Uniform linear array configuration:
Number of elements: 12
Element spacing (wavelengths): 0.75
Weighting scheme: exponential
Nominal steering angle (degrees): -60
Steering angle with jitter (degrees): -59.589
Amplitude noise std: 0.05
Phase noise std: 0.05

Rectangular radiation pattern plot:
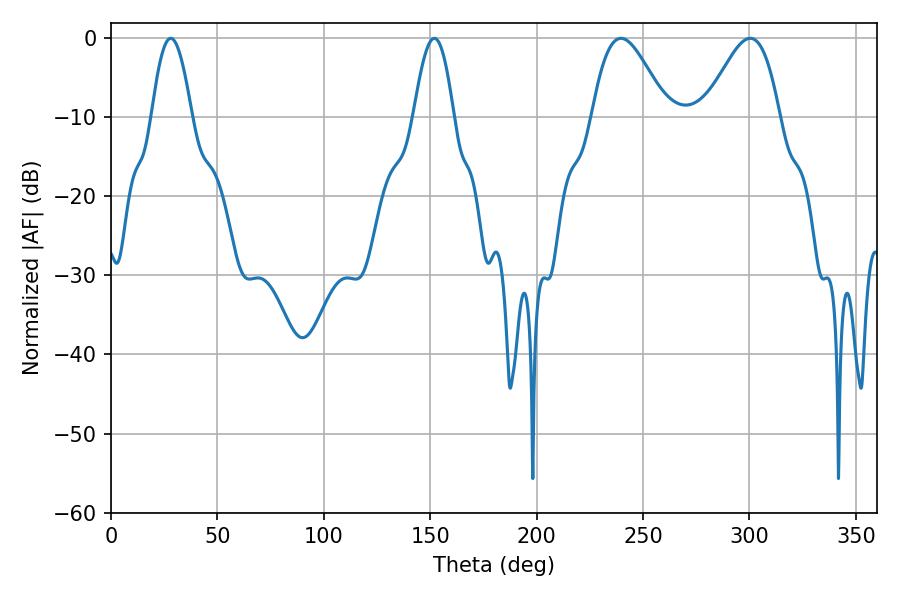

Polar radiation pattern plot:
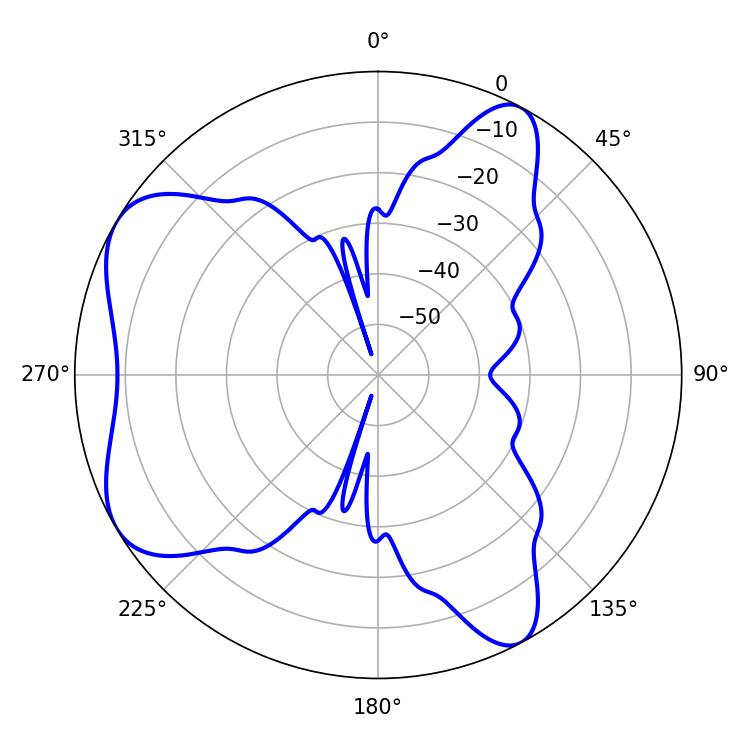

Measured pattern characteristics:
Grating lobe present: TRUE
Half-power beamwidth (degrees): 10.26
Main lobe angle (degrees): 28.08